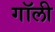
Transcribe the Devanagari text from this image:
गॉली